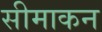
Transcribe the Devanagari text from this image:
सीमाकन